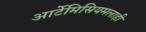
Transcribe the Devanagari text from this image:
आर्टेमिसियमलाही